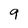
Character: 9